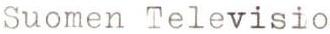
Suomen Televisio